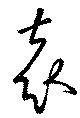
袁